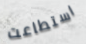
استطاعت